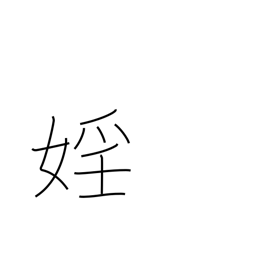
Meaning: lewdness